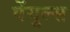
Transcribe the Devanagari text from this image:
वेंयुल्स